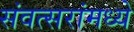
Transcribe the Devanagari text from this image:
संवत्सरांमध्ये